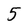
Character: 5